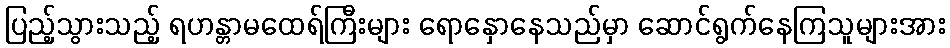
ပြည့်သွားသည့် ရဟန္တာမထေရ်ကြီးများ ရောနှောနေသည်မှာ ဆောင်ရွက်နေကြသူများအား